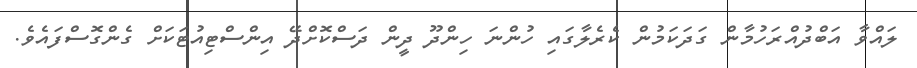
ލައްވާ އަބްދުއްރަހުމާން ގަދަކަމުން ކެރެލާގައި ހުންނަ ހިންދޫ ދީން ދަސްކޮށްދޭ އިންސްޓިއުޓަކަށް ގެންގޮސްފައެވެ.